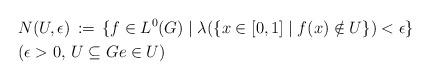
LaTeX: \begin{align*}&N(U,\epsilon ) \, := \, \{ f \in L^{0}(G) \mid \lambda (\{ x \in [0,1] \mid f(x) \notin U \}) < \epsilon \} \\& (\epsilon > 0 , \, U \subseteq G e \in U)\end{align*}